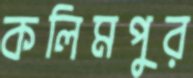
কলিমপুর